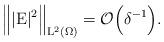
LaTeX: \begin{align*}\Big\Vert |\mathrm{E}|^2\Big\Vert_{\mathrm{L}^2(\Omega)} = \mathcal{O}\Big(\delta^{-1}\Big).\end{align*}